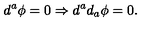
d ^ { a } \phi = 0 \Rightarrow d ^ { a } d _ { a } \phi = 0 .